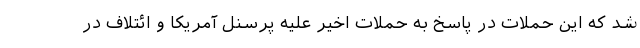
شد که این حملات در پاسخ به حملات اخیر علیه پرسنل آمریکا و ائتلاف در